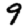
Digit: 9